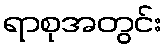
ရာစုအတွင်း